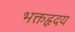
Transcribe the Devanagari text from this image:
भक्तहृदय